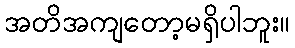
အတိအကျတော့မရှိပါဘူး။